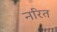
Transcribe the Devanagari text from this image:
नरित